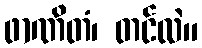
ဖာဏိတံ၊ တင်လဲ။